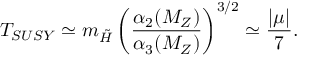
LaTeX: T _ { S U S Y } \simeq m _ { \tilde { H } } \left( \frac { \alpha _ { 2 } ( M _ { Z } ) } { \alpha _ { 3 } ( M _ { Z } ) } \right) ^ { 3 / 2 } \simeq \frac { | \mu | } { 7 } .